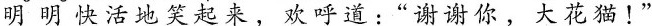
明明快活地笑起来，欢呼道:“谢谢你，大花猫!”